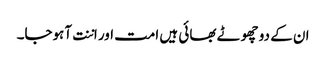
ان کے دو چھوٹے بھائی ہیں امت اور اننت آہوجا۔